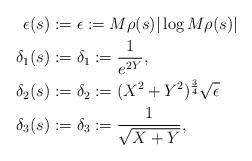
LaTeX: \begin{align*} \epsilon(s) &:= \epsilon := M\rho (s) |\log M\rho (s)| \\ \delta_1 (s) &:= \delta_1 := \frac{1}{e^{2Y}} ,\\ \delta_2 (s) &:= \delta_2 := (X^2+Y^2)^{\frac{3}{4}} \sqrt{\epsilon} \\ \delta_3 (s) &:= \delta_3 := \frac{1}{\sqrt{X + Y}},\end{align*}